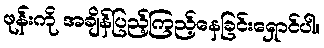
ဖုန်းကို အချိန်ပြည့်ကြည့်နေခြင်းရှောင်ပါ။